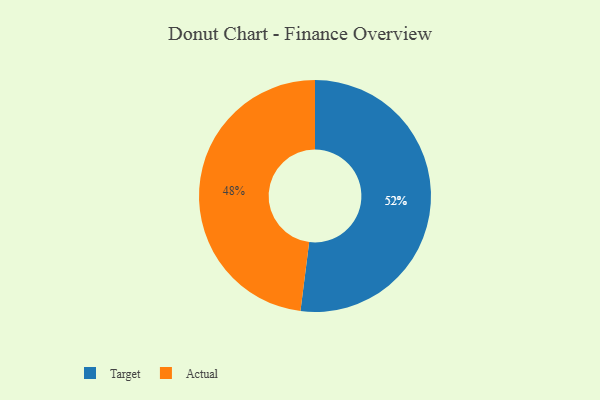
{"axis": {"x": "Category", "y": "Percentage"}, "legend": ["Actual", "Target"], "data": [{"x": "Target", "y": 52, "type": "Target"}, {"x": "Actual", "y": 48, "type": "Actual"}]}